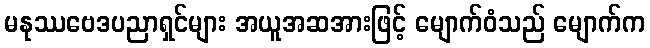
မနုဿဗေဒပညာရှင်များ အယူအဆအားဖြင့် မျောက်ဝံသည် မျောက်က